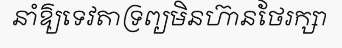
នាំឱ្យទេវតាទ្រព្យមិនហ៊ានថែរក្សា